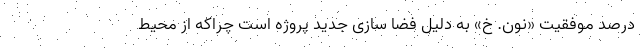
درصد موفقیت «نون. خ» به دلیل فضا سازی جدید پروژه است چراکه از محیط